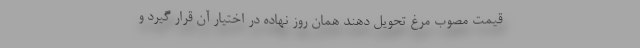
قیمت مصوب مرغ تحویل دهند همان روز نهاده در اختیار آن قرار گیرد و